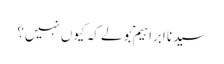
سیدنا ابراہیمؑ بولے کہ کیوں نہیں؟